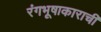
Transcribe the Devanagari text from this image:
रंगभूषाकाराची